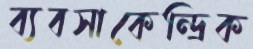
ব্যবসাকেন্দ্রিক